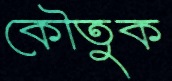
কৌতুক